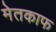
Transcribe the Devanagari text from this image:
मेतकाफ